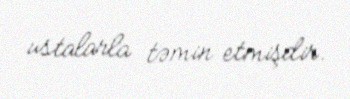
ustalarla təmin etmişdir.